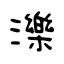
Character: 濼